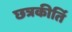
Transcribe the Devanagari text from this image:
छत्रकीर्ति